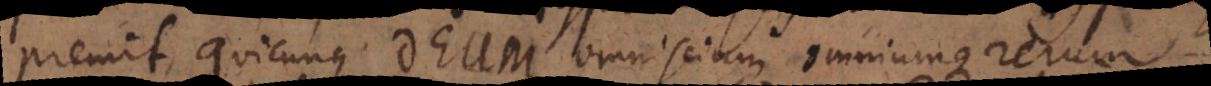
premit, quicunque Deum omniscium omniumque rerum